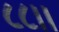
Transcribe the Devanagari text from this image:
८८।।